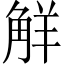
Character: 觧